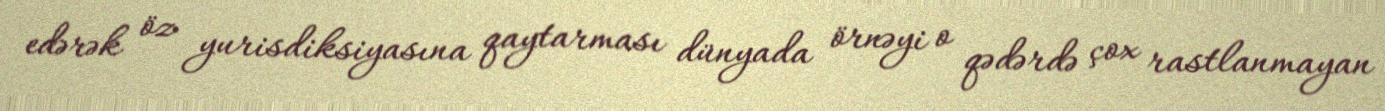
edərək öz yurisdiksiyasına qaytarması dünyada örnəyi o qədərdə çox rastlanmayan